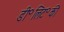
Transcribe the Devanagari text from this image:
डी॰लिट॰की